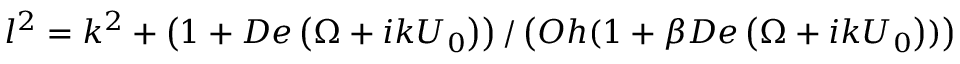
l ^ { 2 } = k ^ { 2 } + \left( 1 + D e \left( \Omega + i k { U } _ { 0 } \right) \right) / \left( O h ( 1 + \beta D e \left( \Omega + i k U _ { 0 } \right) ) \right)